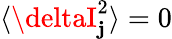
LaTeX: \langle\deltaI_{\mathbf{j}}^{2}\rangle=0